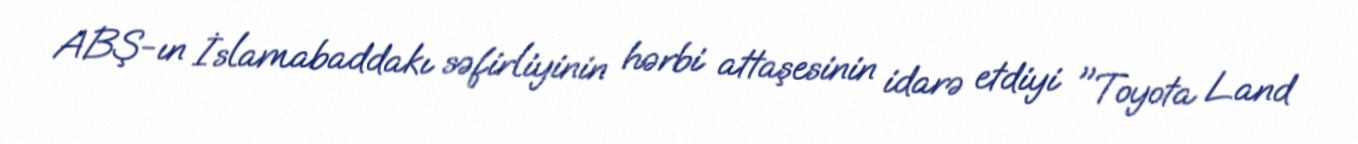
ABŞ-ın İslamabaddakı səfirliyinin hərbi attaşesinin idarə etdiyi "Toyota Land